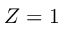
Z = 1